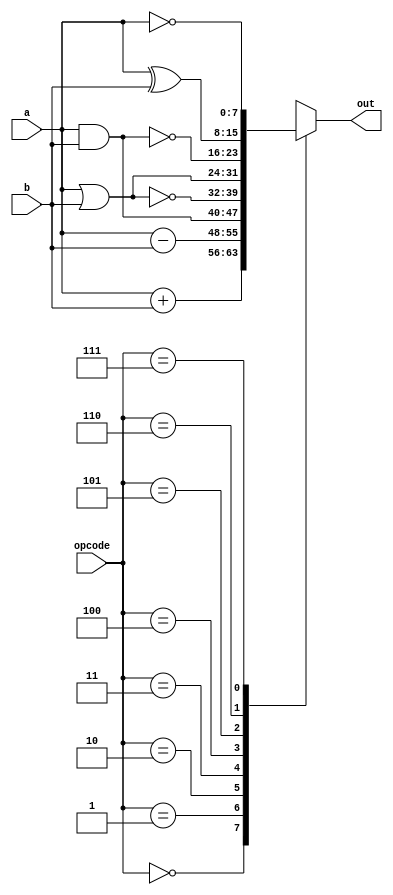
/*Simple ALU operation*/
/* 0 - add 
1 - subtract 
2 - bitwise and 
3 - bitwise nor
4 - bitwise or 
5 - bitwise nand 
6 - bitwose xor 
7 - bitwise not*/
module alu(a,b,opcode,out);
  input [7:0] a,b;
  input [2:0] opcode;
  output reg [7:0] out;
  
  parameter S0 =  3'b000, S1 =  3'b001, S2 = 3'b010, S3 = 3'b011, S4 = 3'b100, S5 = 3'b101, S6 = 3'b110, S7 = 3'b111;
  
  always@(a,b,opcode) begin
    case (opcode)
      S0: out = a+b;
      S1: out = a-b;
      S2: out = a&b;
      S3: out = ~(a|b);
      S4: out = a|b;
      S5: out = ~(a&b);
      S6: out = a^b;
      S7: out = ~a;
    endcase
  end
  
endmodule

/*Testbench*/
module alu_tb;
  reg [7:0] a,b;
  reg [2:0] opcode;
  wire [7:0] out;
  
  alu A(a,b,opcode,out);
  
  initial $monitor($time," a = %d, b = %d, opcode = %d, out = %d",a,b,opcode,out);
  
  initial begin
    a = 20; b = 10; opcode = 0;
    #5 opcode = 7;
    #5 opcode = 1;
    #5 opcode = 4;
    #5 opcode = 2;
    #5 opcode = 6;
    #5 opcode = 3;
    #5 opcode = 5;
    #5 $finish;
  end
  initial begin
    $dumpfile("dump.vcd");
    $dumpvars;
  end
  
endmodule